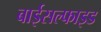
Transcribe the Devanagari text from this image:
बाईसल्फाइड